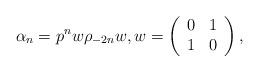
LaTeX: \begin{align*} \alpha_n = p^n w \rho_{-2n} w, w = \left(\begin{array}{cc} 0 & 1 \\ 1 & 0 \end{array}\right),\end{align*}